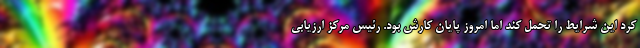
کرد این شرایط را تحمل کند اما امروز پایان کارش بود. رئیس مرکز ارزیابی